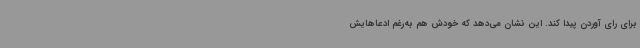
برای رای آوردن پیدا کند. این نشان می‌دهد که خودش هم به‌رغم ادعاهایش